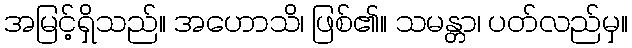
အမြင့်ရှိသည်။ အဟောသိ၊ ဖြစ်၏။ သမန္တာ၊ ပတ်လည်မှ။